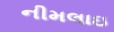
નીમલાઇ